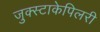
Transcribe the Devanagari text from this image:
जुक्स्टाकेपिलरी